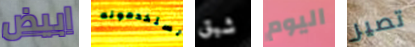
ابيض يستخدمونه شبق اليوم تصير